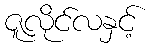
ဇူလိုင်လနှင့်